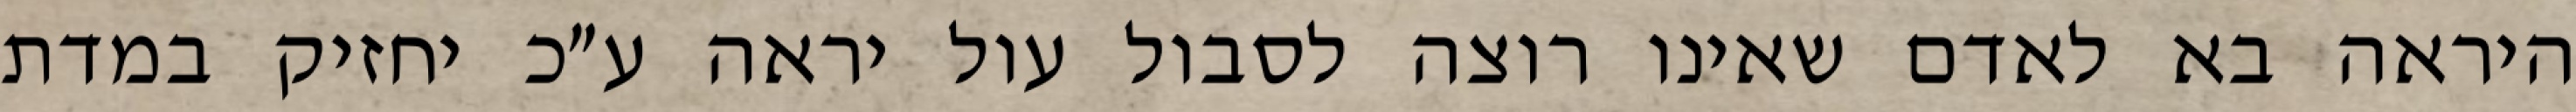
היראה בא לאדם שאינו רוצה לסבול עול יראה ע״כ יחזיק במדת